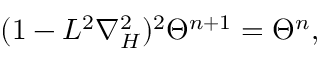
( 1 - L ^ { 2 } \nabla _ { H } ^ { 2 } ) ^ { 2 } \Theta ^ { n + 1 } = \Theta ^ { n } ,